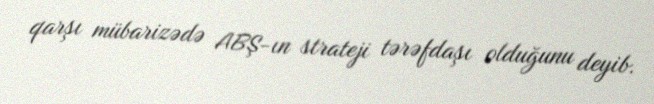
qarşı mübarizədə ABŞ-ın strateji tərəfdaşı olduğunu deyib.